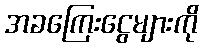
အခကြေးငွေများကို